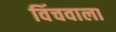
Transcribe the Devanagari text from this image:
विंचवाला